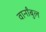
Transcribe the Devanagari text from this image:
वार्नांबुल